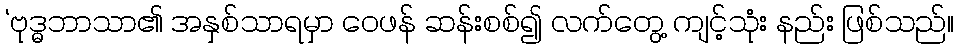
‘ဗုဒ္ဓဘာသာ၏ အနှစ်သာရမှာ ဝေဖန် ဆန်းစစ်၍ လက်တွေ့ ကျင့်သုံး နည်း ဖြစ်သည်။